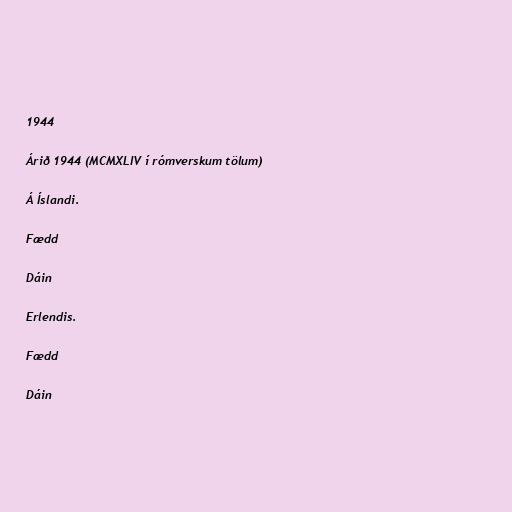
1944

Árið 1944 (MCMXLIV í rómverskum tölum)

Á Íslandi.

Fædd

Dáin

Erlendis.

Fædd

Dáin